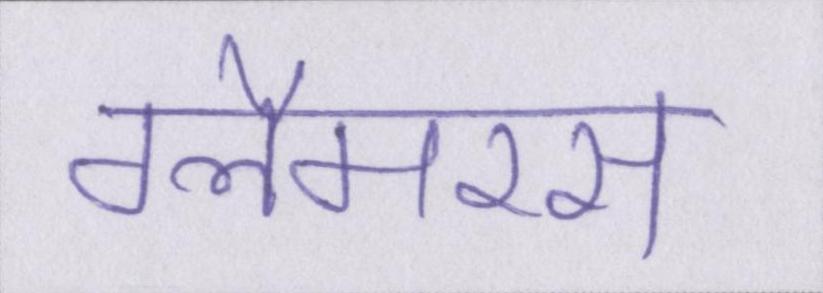
ग्लैमरस